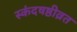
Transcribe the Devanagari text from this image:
स्कंदषष्ठीव्रत